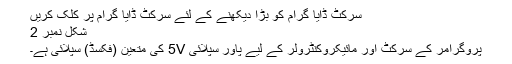
سرکٹ ڈایا گرام کو بڑا دیکھنے کے لئے سرکٹ ڈایا گرام پر کلک کریں
شکل نمبر 2
پروگرامر کے سرکٹ اور مائیکروکنٹرولر کے لیے پاور سپلائی 5V کی متعین (فکسڈ) سپلائی ہے۔